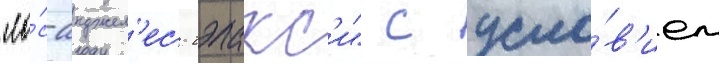
"ло́с-анджел'ес гэлакс'и" с усло́в'ием